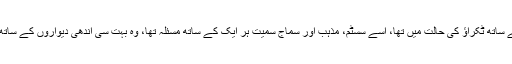
وہ گھر میں اور گھر سے باہر بیک وقت بے شمار لوگوں کے ساتھ ٹکراؤ کی حالت میں تھا، اسے سسٹم، مذہب اور سماج سمیت ہر ایک کے ساتھ مسئلہ تھا، وہ بہت سی اندھی دیواروں کے ساتھ ٹکرایا پھرتا تھا جس میں وقت کے ساتھ شدت ہی شدت تھی۔